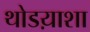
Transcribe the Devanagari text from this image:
थोडय़ाशा